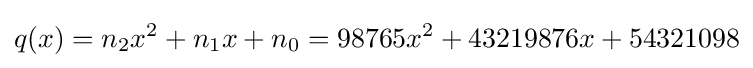
q(x)=n_{2}x^{2}+n_{1}x+n_{0}=98765x^{2}+43219876x+54321098